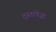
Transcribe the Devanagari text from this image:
द्स्तावेज़ी